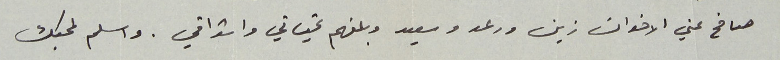
صافح عني الاخوان زين ورعد وسعيد وبلغهم تحياتي واشواقي. واسلم لمحبك